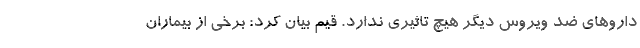
داروهای ضد ویروس دیگر هیچ تاثیری ندارد. قیم بیان کرد: برخی از بیماران